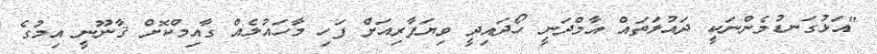
"އަޅުގަނޑުމެންނަކީ ދައުލަތައް އާމްދަނީ ހޯދައިދީ ވިޔަފާރިއަށް ފަހި މާހައުލެއް ގާއިމްކޮށް ޤާނޫނީ އިމުގެ